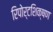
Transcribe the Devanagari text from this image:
रिपोर्टशिक्षण